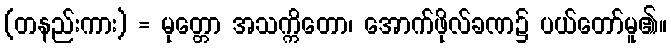
(တနည်းကား) = မုတ္တော အသက္ကိတော၊ အောက်ဖိုလ်ခဏ၌ ပယ်တော်မူ၏။